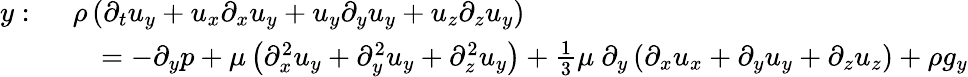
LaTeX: {\begin{array}{rl}{y:\ }&{\rho\left({\partial_{t}u_{y}}+u_{x}{\partial_{x}u_{y}}+u_{y}{\partial_{y}u_{y}}+u_{z}{\partial_{z}u_{y}}\right)}\\ &{\quad=-{\partial_{y}p}+\mu\left({\partial_{x}^{2}u_{y}}+{\partial_{y}^{2}u_{y}}+{\partial_{z}^{2}u_{y}}\right)+{\frac{1}{3}}\mu\ \partial_{y}\left({\partial_{x}u_{x}}+{\partial_{y}u_{y}}+{\partial_{z}u_{z}}\right)+\rho g_{y}}\end{array}}